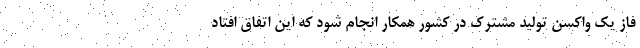
فاز یک واکسن تولید مشترک در کشور همکار انجام شود که این اتفاق افتاد